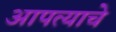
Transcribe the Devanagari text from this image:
आपत्याचे